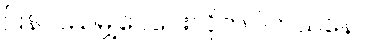
ပြန်လည်မျှဝေပေးလိုက်ပါတယ်နော်။